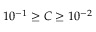
1 0 ^ { - 1 } \ge C \ge 1 0 ^ { - 2 }